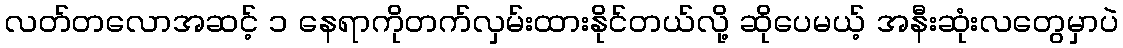
လတ်တလောအဆင့် ၁ နေရာကိုတက်လှမ်းထားနိုင်တယ်လို့ ဆိုပေမယ့် အနီးဆုံးလတွေမှာပဲ